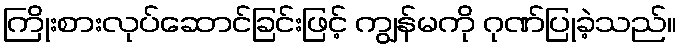
ကြိုးစားလုပ်ဆောင်ခြင်းဖြင့် ကျွန်မကို ဂုဏ်ပြုခဲ့သည်။